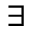
\exists